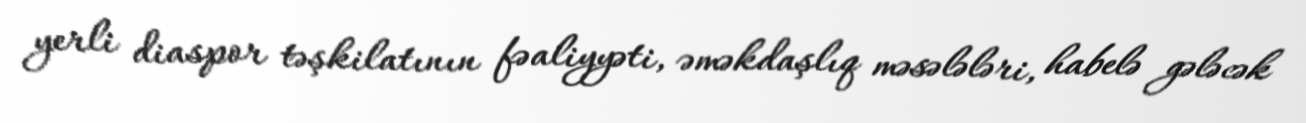
yerli diaspor təşkilatının fəaliyyəti, əməkdaşlıq məsələləri, habelə gələcək